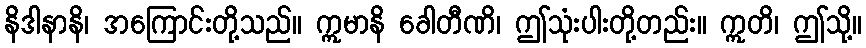
နိဒါနာနိ၊ အကြောင်းတို့သည်။ ဣမာနိ ခေါတီဏိ၊ ဤသုံးပါးတို့တည်း။ ဣတိ၊ ဤသို့။